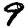
Digit: 9